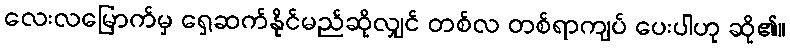
လေးလမြောက်မှ ရှေ့ဆက်နိုင်မည်ဆိုလျှင် တစ်လ တစ်ရာကျပ် ပေးပါဟု ဆို၏။